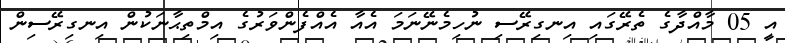
އީ 05 މާއްދާގެ ތެރޭގައި އިނގިރޭސި ނުހިމެނޭނަމަ އެއާ އެއްފެންވަރުގެ އިމްތިޙާނަކުން އިނގިރޭސިން